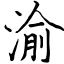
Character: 渝